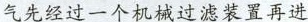
气先经过一个机械过滤装置再进